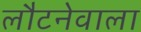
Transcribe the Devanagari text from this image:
लौटनेवाला